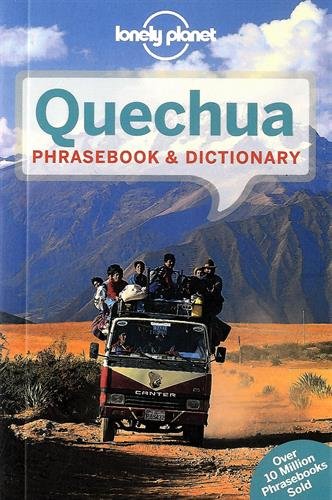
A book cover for Lonely Planet Quechua Phrasebook & Dictionary (Lonely Planet Phrasebook and Dictionary); Lonely Planet; Travel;